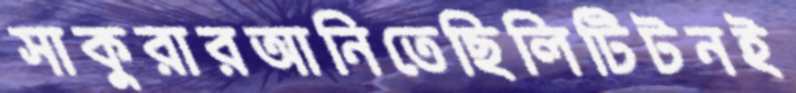
সাকুরারআনিতেছিলিটিটনই